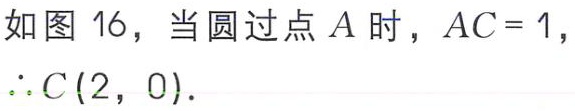
如图 16，当圆过点 \(A\) 时，\(AC = 1\)，
\(\therefore C(2,0)\)．